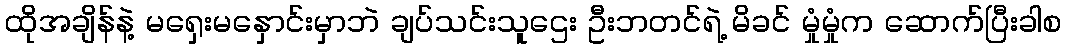
ထိုအချိန်နဲ့ မရှေးမနှောင်းမှာဘဲ ချပ်သင်းသူဌေး ဦးဘတင်ရဲ့ မိခင် မှုံမှုံက ဆောက်ပြီးခါစ